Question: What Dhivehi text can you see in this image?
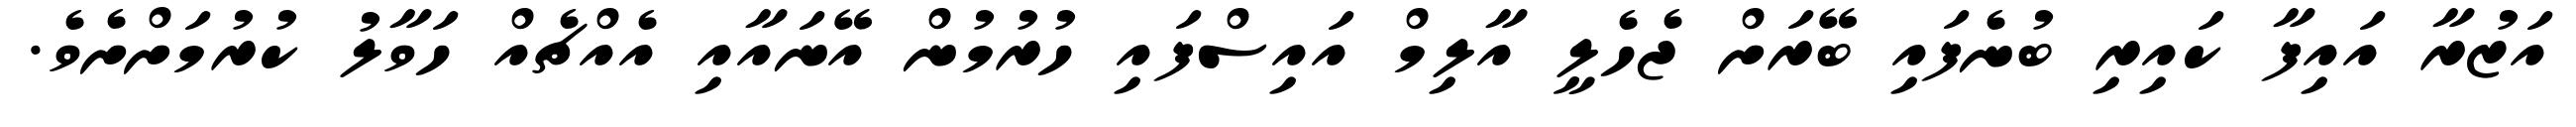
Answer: އަޒުރާ އައިފާ ކައިރި ބުނެފައި ބޭރަށް ޖެހެލީ އާލިމް އައިސްފައި ހުރުމުން އޭނައާއި އެއްޗެއް ހަވާލު ކުރުމަށްށެވެ.